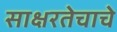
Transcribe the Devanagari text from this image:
साक्षरतेचाचे